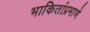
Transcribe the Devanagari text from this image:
भाकितांप्रमाणे